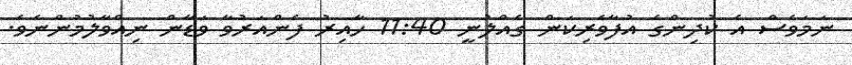
ނަމަވެސް އެ ކުދިންގެ އުފާވެރިކަން ގެއްލުނީ 11:40 ހާއިރު ފެންއަރުވާ ވަޑާން ނިއްވާލުމުންނެވެ.